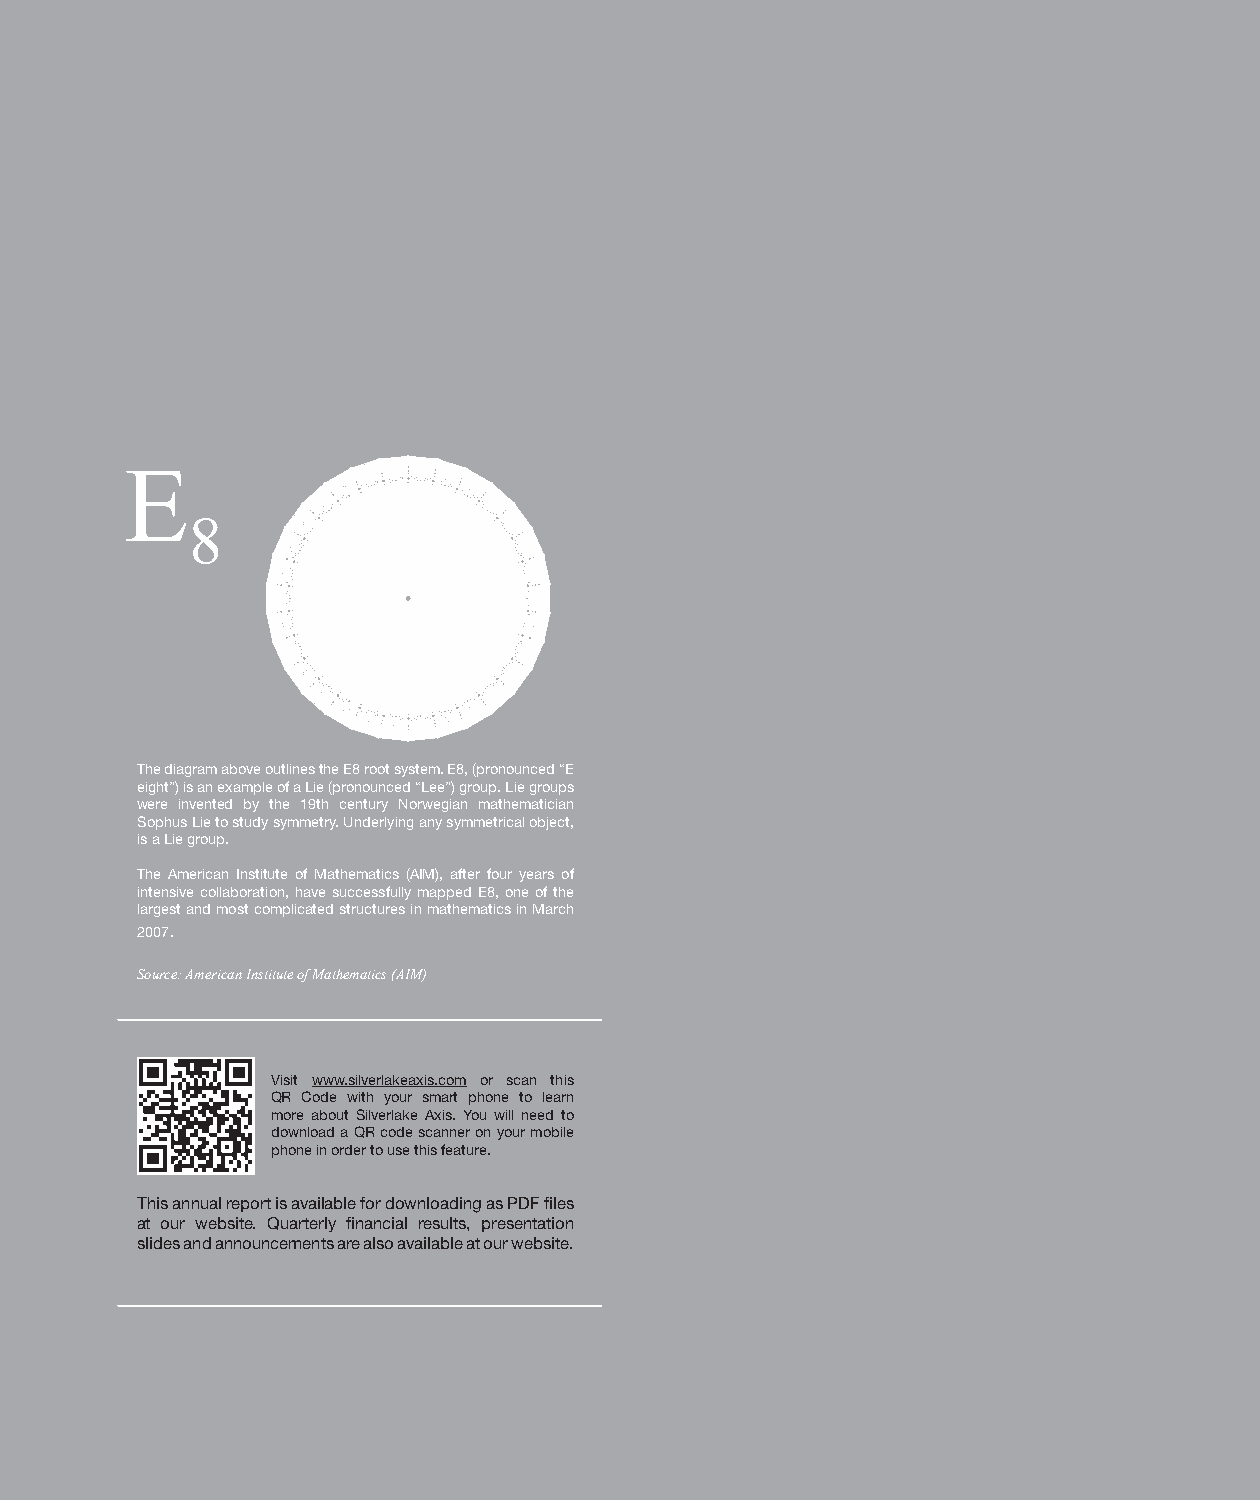
The diagram above outlines the E8 root system. E8, (pronounced “E
 eight”) is an example of a Lie (pronounced “Lee”) group. Lie groups
 were invented by the 19th century Norwegian mathematician
 Sophus Lie to study symmetry. Underlying any symmetrical object,
 is a Lie group.
 The American Institute of Mathematics (AIM), after four years of
 intensive collaboration, have successfully mapped E8, one of the
 largest and most complicated structures in mathematics in March
 2007.
 Source: American Institute of Mathematics (AIM)
 Visit www.silverlakeaxis.com or scan this
 QR Code with your smart phone to learn
 more about Silverlake Axis. You will need to
 download a QR code scanner on your mobile
 phone in order to use this feature.
 This annual report is available for downloading as PDF files
 at our website. Quarterly financial results, presentation
 slides and announcements are also available at our website.